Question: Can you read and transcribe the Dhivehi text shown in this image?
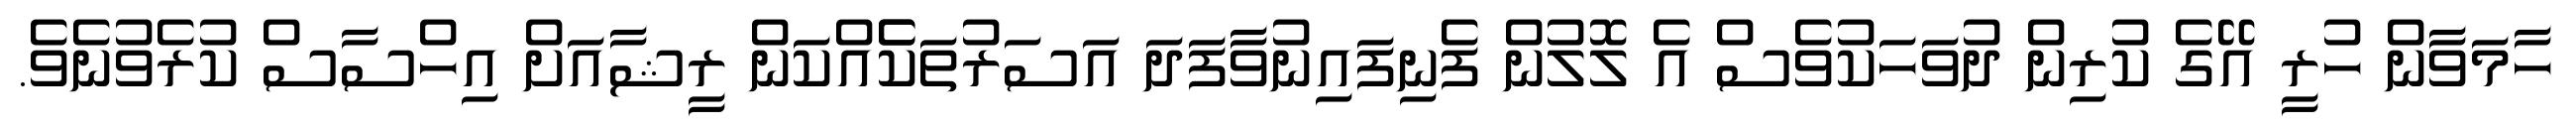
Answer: ހާމަވާން ހުރީ އޭގެ ކުރިން ދުވަހަކުވެސް އެ ލޮލުން ފެނިފައިނުވާފަދަ އަސަރުތަކެެއްކަން ރީޝާއަށް އިހްސާސް ކުރެވުނެވެ.